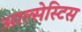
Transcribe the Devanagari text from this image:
आल्सेस्टिस